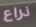
ذراع